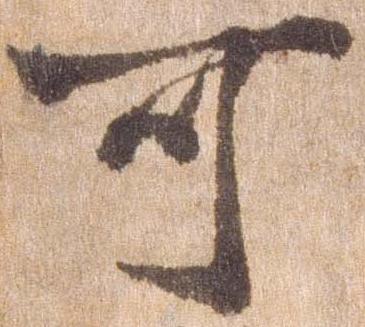
可